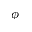
\phi